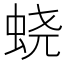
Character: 蛲